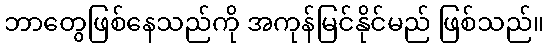
ဘာတွေဖြစ်နေသည်ကို အကုန်မြင်နိုင်မည် ဖြစ်သည်။